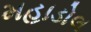
મહાડોલ